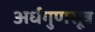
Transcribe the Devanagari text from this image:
अर्धगुणसूत्र